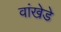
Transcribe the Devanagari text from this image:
वांखेडे